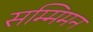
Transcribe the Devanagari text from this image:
सम्मिमन